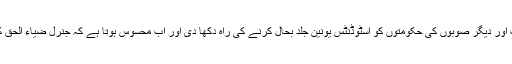
اس طرح حکومت سندھ نے مرکزی حکومت اور دیگر صوبوں کی حکومتوں کو اسٹوڈنٹس یونین جلد بحال کرنے کی راہ دکھا دی اور اب محسوس ہوتا ہے کہ جنرل ضیاء الحق کے صدارتی آرڈیننس کے دن پورے ہوگئے۔